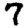
Digit: 7